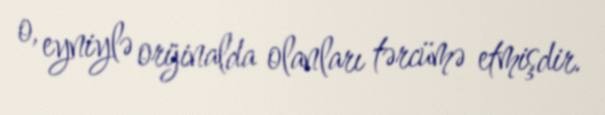
o, eyniylə orijinalda olanları tərcümə etmişdir.